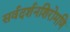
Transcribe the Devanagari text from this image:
सर्वदर्शनशिरोमणि